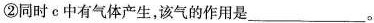
②同时c中有气体产生，该气的作用是___。